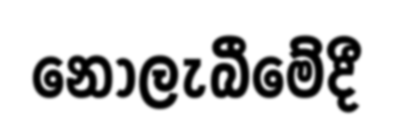
නොලැබීමේදී